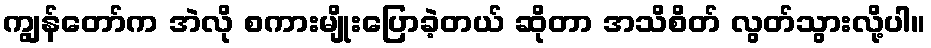
ကျွန်တော်က အဲလို စကားမျိုးပြောခဲ့တယ် ဆိုတာ အသိစိတ် လွတ်သွားလို့ပါ။